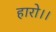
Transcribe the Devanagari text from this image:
हारो।।